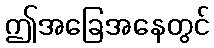
ဤအခြေအနေတွင်